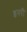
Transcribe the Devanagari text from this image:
इनरी